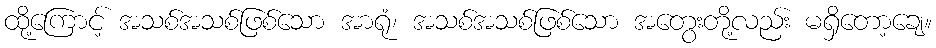
ထို့ကြောင့် အသစ်အသစ်ဖြစ်သော အာရုံ၊ အသစ်အသစ်ဖြစ်သော အတွေးတို့လည်း မရှိတော့ချေ။